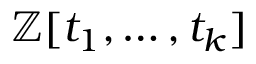
\mathbb { Z } [ t _ { 1 } , \ldots , t _ { k } ]